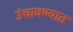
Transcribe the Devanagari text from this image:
उंचावण्यात